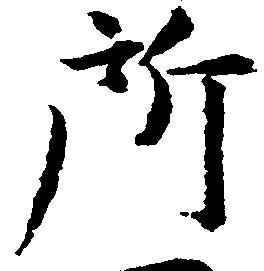
所